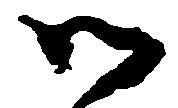
御